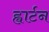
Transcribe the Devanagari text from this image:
ह्वार्टन